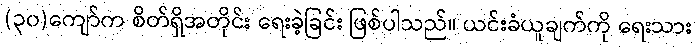
(၃၀)ကျော်က စိတ်ရှိအတိုင်း ရေးခဲ့ခြင်း ဖြစ်ပါသည်။ ယင်းခံယူချက်ကို ရေးသား